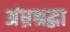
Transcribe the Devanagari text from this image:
अंध्रश्रद्धा